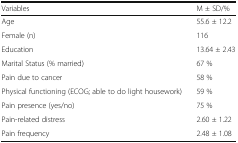
<table><thead><tr><td><b>Variables</b></td><td><b>M ± SD/%</b></td></tr></thead><tbody><tr><td>Age</td><td>55.6 ± 12.2</td></tr><tr><td>Female (n)</td><td>116</td></tr><tr><td>Education</td><td>13.64 ± 2.43</td></tr><tr><td>Marital Status (% married)</td><td>67 %</td></tr><tr><td>Pain due to cancer</td><td>58 %</td></tr><tr><td>Physical functioning (ECOG; able to do light housework)</td><td>59 %</td></tr><tr><td>Pain presence (yes/no)</td><td>75 %</td></tr><tr><td>Pain-related distress</td><td>2.60 ± 1.22</td></tr><tr><td>Pain frequency</td><td>2.48 ± 1.08</td></tr></tbody></table>